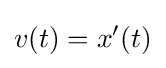
v(t)=x'(t)